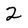
Character: 2